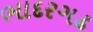
ભાદરગઢ